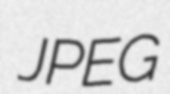
JPEG